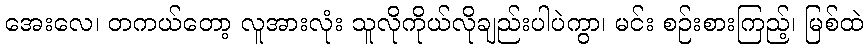
အေးလေ၊ တကယ်တော့ လူအားလုံး သူလိုကိုယ်လိုချည်းပါပဲကွာ၊ မင်း စဉ်းစားကြည့်၊ မြစ်ထဲ